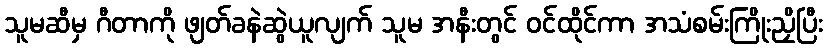
သူမဆီမှ ဂီတာကို ဖျတ်ခနဲဆွဲယူလျက် သူမ အနီးတွင် ဝင်ထိုင်ကာ အသံစမ်းကြိုးညှိပြီး